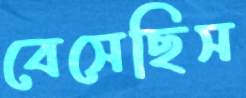
বেসেছিস